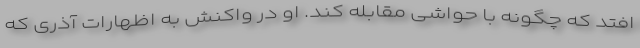
افتد که چگونه با حواشی مقابله کند. او در واکنش به اظهارات آذری که